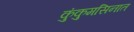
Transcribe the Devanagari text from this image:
कुंकुमसिनात